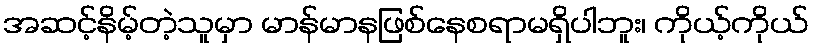
အဆင့်နိမ့်တဲ့သူမှာ မာန်မာနဖြစ်နေစရာမရှိပါဘူး၊ ကိုယ့်ကိုယ်